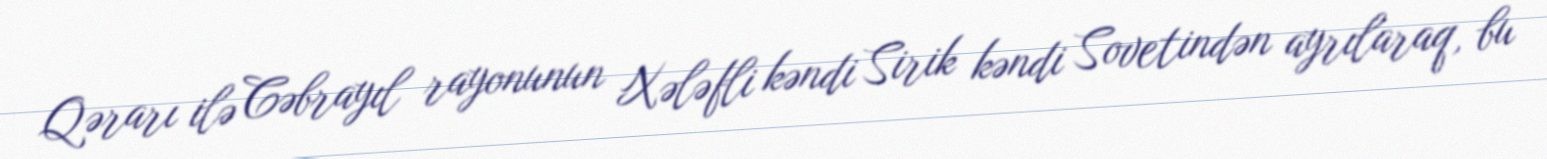
Qərarı ilə Cəbrayıl rayonunun Xələfli kəndi Sirik kəndi Sovetindən ayrılaraq, bu